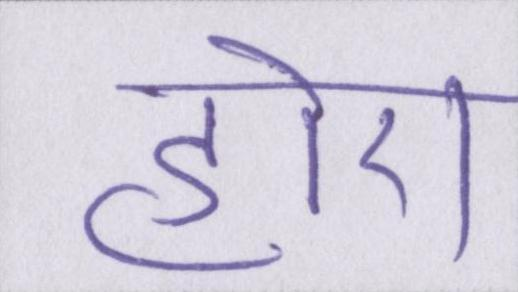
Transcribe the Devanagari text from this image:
होए